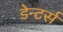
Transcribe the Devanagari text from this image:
डेन्टर्स